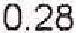
0.28